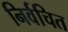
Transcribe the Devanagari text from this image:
निर्वचित